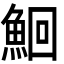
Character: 鮰